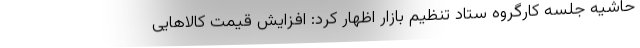
حاشیه جلسه کارگروه ستاد تنظیم بازار اظهار کرد: افزایش قیمت کالاهایی